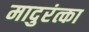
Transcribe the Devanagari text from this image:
मादुरंत्का